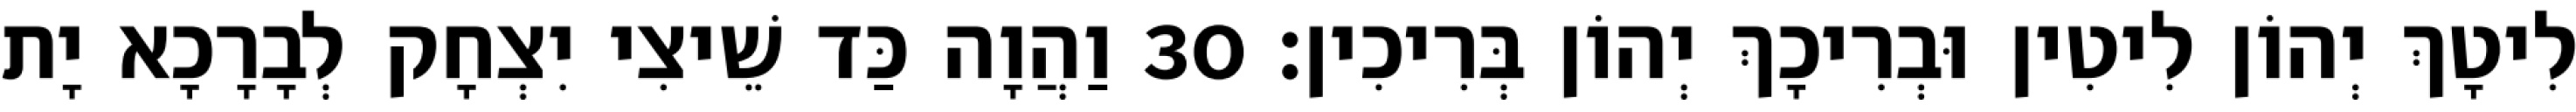
לִיטָךְ יְהוֹן לִיטִין וּבְרִיכָךְ יְהוֹן בְּרִיכִין׃ 30 וַהֲוָה כַּד שֵׁיצִי יִצְחָק לְבָרָכָא יָת